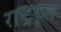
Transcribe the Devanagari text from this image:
राष्ट्रकूल